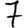
Digit: 7